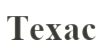
Техас